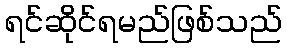
ရင်ဆိုင်ရမည်ဖြစ်သည်